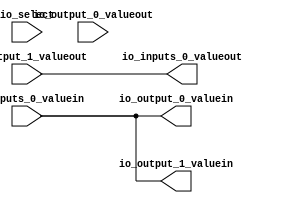
module GenericCrossBar(
  input  [1:0] io_select,
  input  [7:0] io_inputs_0_valuein,
  output [7:0] io_inputs_0_valueout,
  output [7:0] io_output_0_valuein,
  input  [7:0] io_output_0_valueout,
  output [7:0] io_output_1_valuein,
  input  [7:0] io_output_1_valueout
);
  assign io_inputs_0_valueout = io_output_1_valueout; // @[GenericMux.scala 47:18]
  assign io_output_0_valuein = io_inputs_0_valuein; // @[GenericMux.scala 47:18]
  assign io_output_1_valuein = io_inputs_0_valuein; // @[GenericMux.scala 47:18]
endmodule